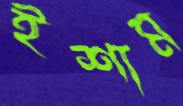
ইশাম